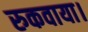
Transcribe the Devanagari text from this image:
रुकवाया।